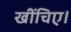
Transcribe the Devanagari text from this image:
खींचिए।